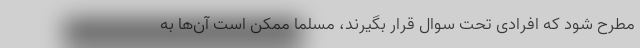
مطرح شود که افرادی تحت سوال قرار بگیرند، مسلماً ممکن است آن‌ها به